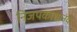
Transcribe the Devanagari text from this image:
निजपकाशानंद